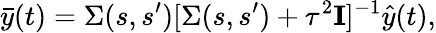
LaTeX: \bar{y}(t)=\Sigma(s,s^{\prime})[\Sigma(s,s^{\prime})+\tau^{2}\mathbf{I}]^{-1}\hat{y}(t),